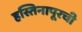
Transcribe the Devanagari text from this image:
हस्तिनापूरची